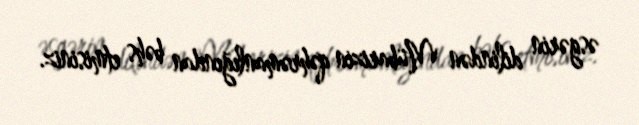
əsgərin dilindən Mübarizin qəhrəmanlığından bəhs etmisiniz.